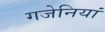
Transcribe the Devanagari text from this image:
गजेनियां